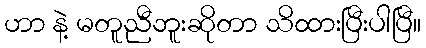
ဟာ နဲ့ မတူညီဘူးဆိုတာ သိထားပြီးပါပြီ။